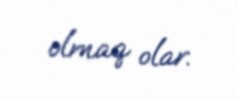
olmaq olar.